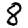
Digit: 8